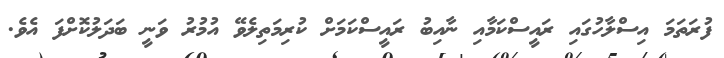
ފުރަތަމަ އިސްލާހުގައި ރައީސްކަމާއި ނާއިބު ރައީސްކަމަށް ކުރިމަތިލެވޭ އުމުރު ވަނީ ބަދަލުކޮށްފަ އެވެ.